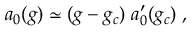
a _ { 0 } ( g ) \simeq ( g - g _ { c } ) \; a _ { 0 } ^ { \prime } ( g _ { c } ) \; ,